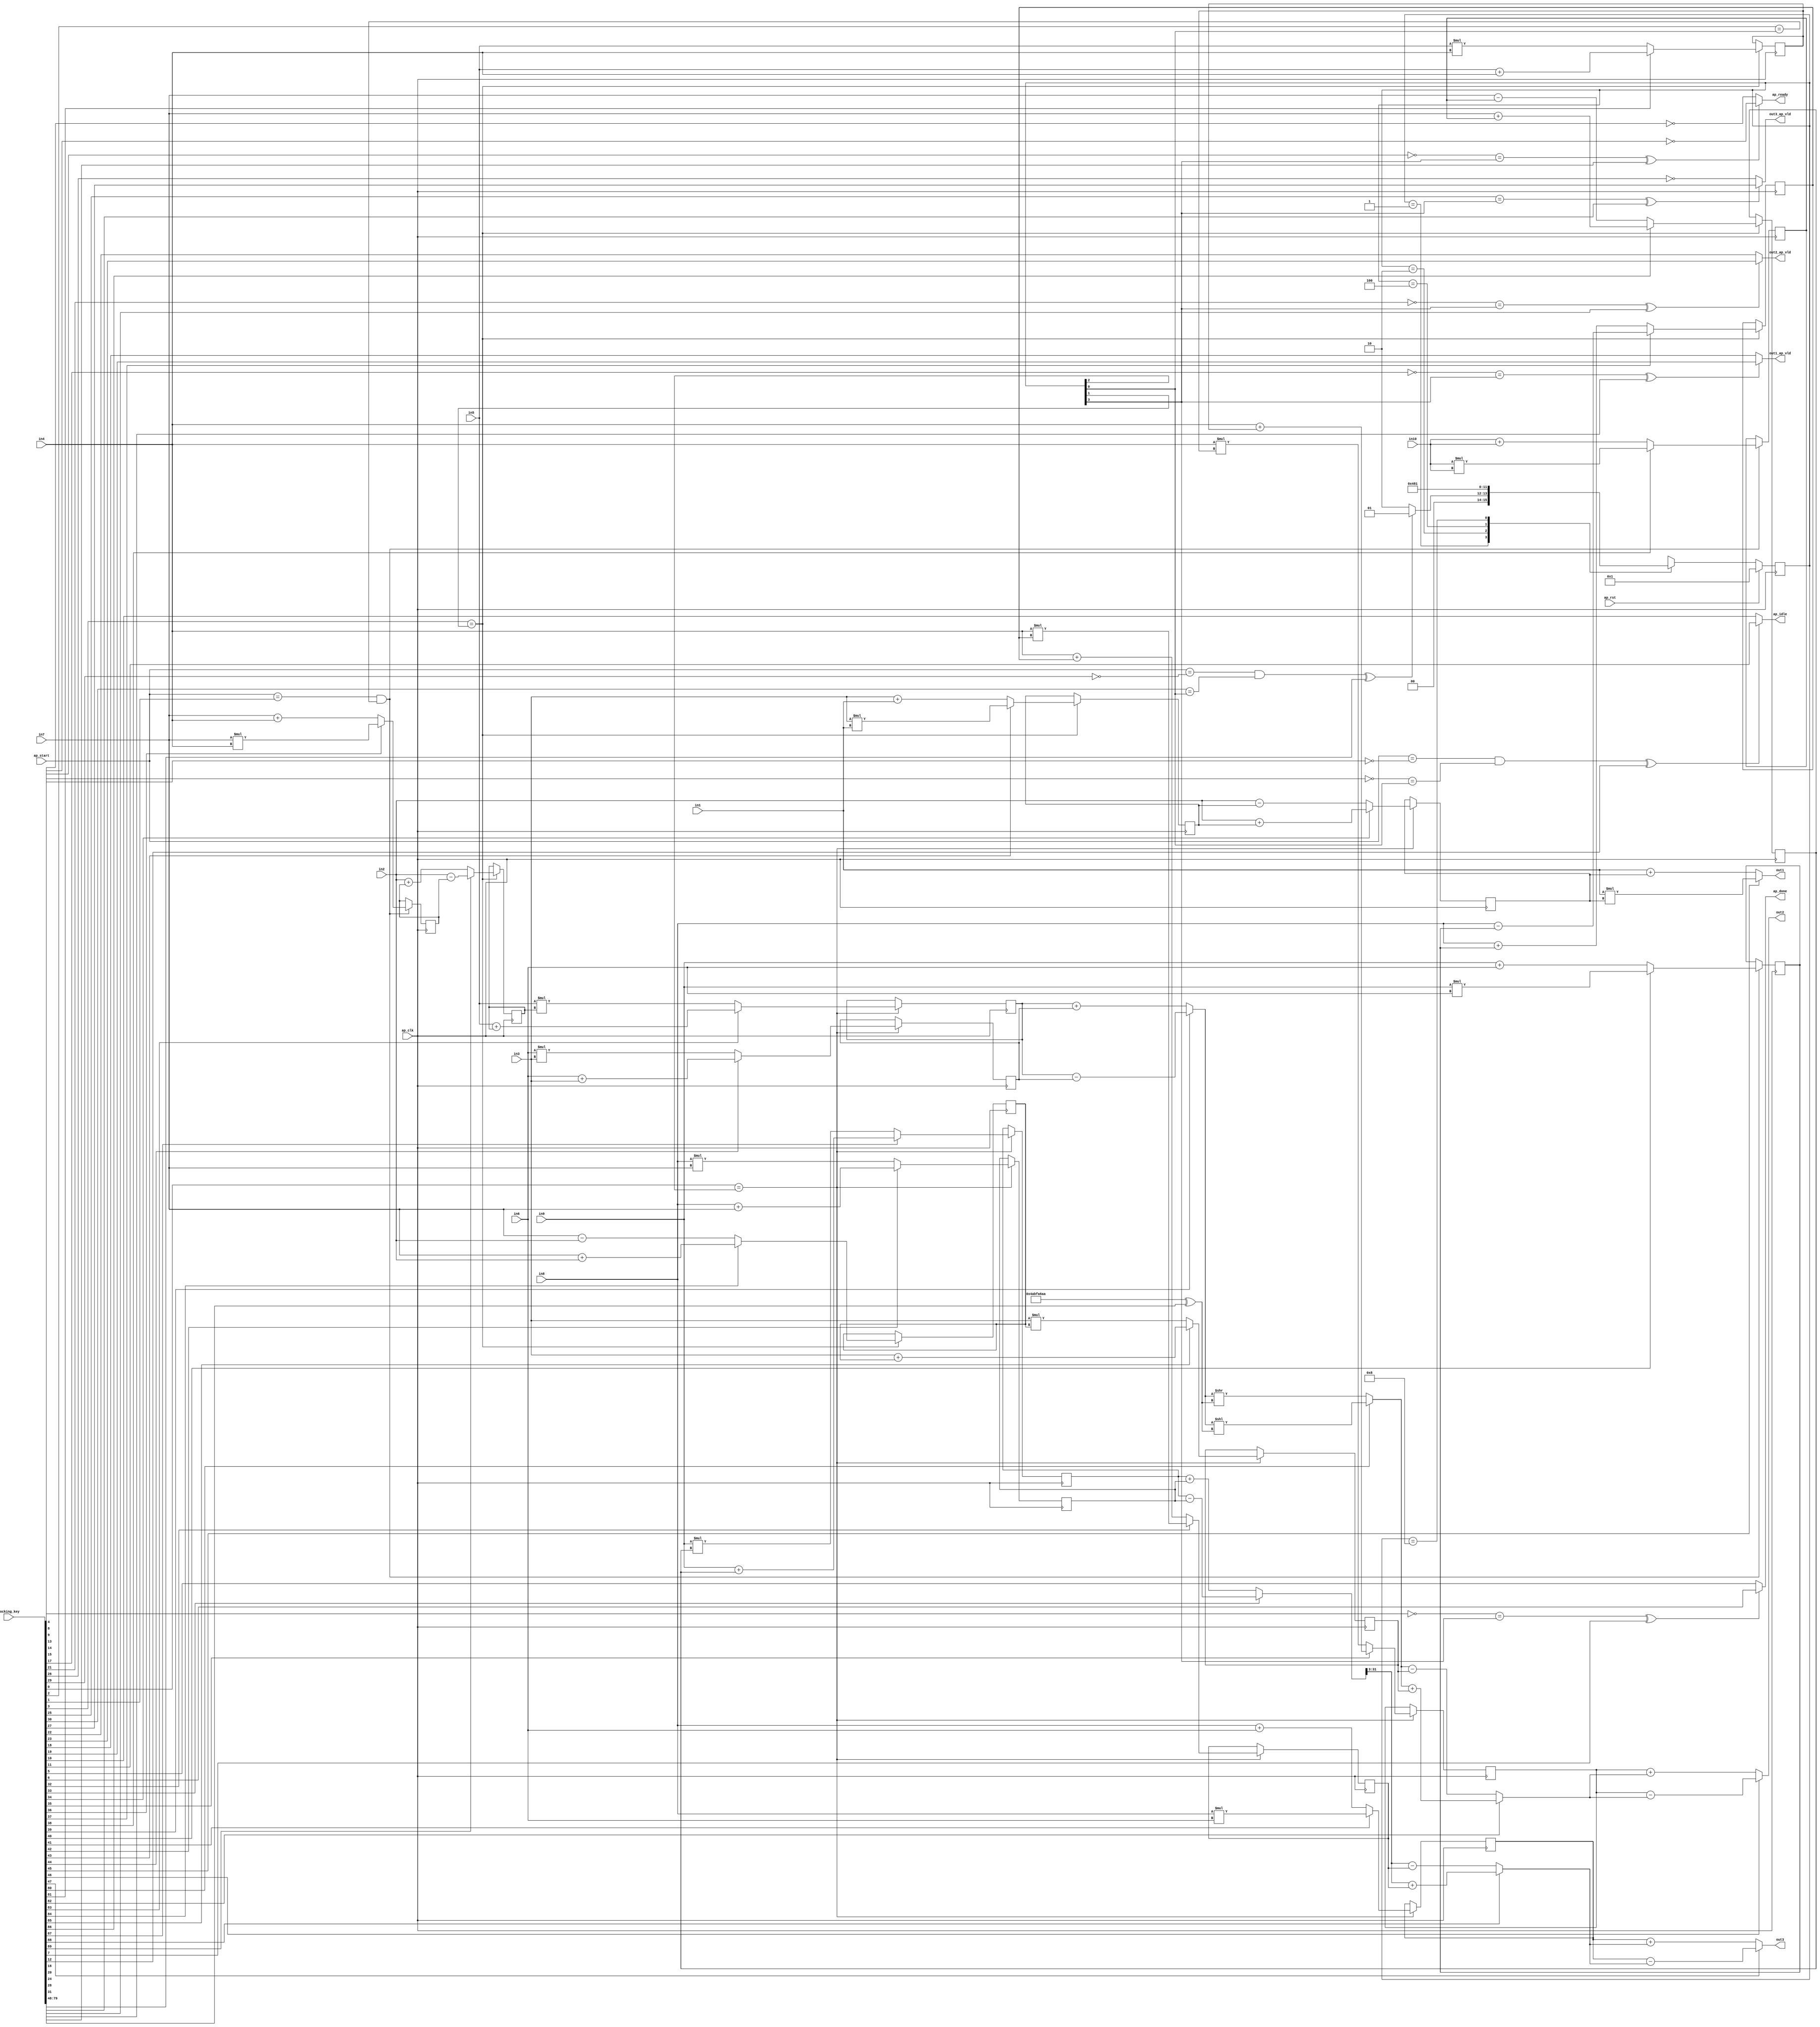

module hls_macc_motion_0_obf
(
  ap_clk,
  ap_rst,
  ap_start,
  ap_done,
  ap_idle,
  ap_ready,
  in1,
  in2,
  in3,
  in4,
  in5,
  in6,
  in7,
  in8,
  in9,
  in10,
  out1,
  out1_ap_vld,
  out2,
  out2_ap_vld,
  out3,
  out3_ap_vld,
  locking_key
);

  parameter ap_ST_fsm_state1 = 4'd1;
  parameter ap_ST_fsm_state2 = 4'd2;
  parameter ap_ST_fsm_state3 = 4'd4;
  parameter ap_ST_fsm_state4 = 4'd8;
  input ap_clk;
  input ap_rst;
  input ap_start;
  output ap_done;
  output ap_idle;
  output ap_ready;
  input [31:0] in1;
  input [31:0] in2;
  input [31:0] in3;
  input [31:0] in4;
  input [31:0] in5;
  input [31:0] in6;
  input [31:0] in7;
  input [31:0] in8;
  input [31:0] in9;
  input [31:0] in10;
  output [31:0] out1;
  output out1_ap_vld;
  output [31:0] out2;
  output out2_ap_vld;
  output [31:0] out3;
  output out3_ap_vld;
  reg ap_done;
  reg ap_idle;
  reg ap_ready;
  reg out1_ap_vld;
  reg out2_ap_vld;
  reg out3_ap_vld;
  reg [3:0] ap_CS_fsm;
  wire ap_CS_fsm_state1;
  wire [31:0] mult10_fu_123_p2;
  reg [31:0] mult10_reg_287;
  wire [31:0] add3_fu_129_p2;
  reg [31:0] add3_reg_292;
  wire [31:0] add5_fu_135_p2;
  reg [31:0] add5_reg_297;
  wire ap_CS_fsm_state2;
  wire [31:0] mult2_fu_141_p2;
  reg [31:0] mult2_reg_329;
  wire signed [31:0] tmp1_fu_147_p2;
  reg signed [31:0] tmp1_reg_334;
  wire signed [31:0] tmp_fu_152_p2;
  reg signed [31:0] tmp_reg_339;
  wire signed [31:0] tmp4_fu_157_p2;
  reg signed [31:0] tmp4_reg_344;
  wire signed [31:0] add4_s_fu_162_p2;
  reg signed [31:0] add4_s_reg_349;
  wire signed [31:0] tmp6_fu_167_p2;
  reg signed [31:0] tmp6_reg_354;
  wire [31:0] mult7_fu_171_p2;
  reg [31:0] mult7_reg_359;
  wire ap_CS_fsm_state3;
  wire [31:0] mult11_fu_175_p2;
  reg [31:0] mult11_reg_364;
  wire [31:0] mult13_fu_179_p2;
  reg [31:0] mult13_reg_369;
  wire [31:0] add2_fu_183_p2;
  reg [31:0] add2_reg_374;
  wire signed [31:0] add1_s_fu_187_p2;
  reg signed [31:0] add1_s_reg_379;
  wire [31:0] tmp3_fu_191_p2;
  reg [31:0] tmp3_reg_384;
  wire [31:0] tmp5_fu_195_p2;
  reg [31:0] tmp5_reg_389;
  wire [31:0] add13_fu_199_p2;
  reg [31:0] add13_reg_394;
  wire [31:0] tmp7_fu_203_p2;
  reg [31:0] tmp7_reg_399;
  wire ap_CS_fsm_state4;
  wire signed [31:0] mult10_fu_123_p0;
  wire signed [31:0] mult10_fu_123_p1;
  wire signed [31:0] add3_fu_129_p0;
  wire signed [31:0] add3_fu_129_p1;
  wire signed [31:0] add5_fu_135_p0;
  wire signed [31:0] add5_fu_135_p1;
  wire signed [31:0] mult2_fu_141_p0;
  wire signed [31:0] mult2_fu_141_p1;
  wire signed [31:0] tmp1_fu_147_p0;
  wire signed [31:0] tmp1_fu_147_p1;
  wire signed [31:0] tmp4_fu_157_p0;
  wire signed [31:0] add4_s_fu_162_p0;
  wire signed [31:0] tmp6_fu_167_p0;
  wire signed [31:0] mult7_fu_171_p0;
  wire signed [31:0] mult7_fu_171_p1;
  wire signed [31:0] mult11_fu_175_p0;
  wire signed [31:0] mult11_fu_175_p1;
  wire signed [31:0] mult13_fu_179_p0;
  wire signed [31:0] mult13_fu_179_p1;
  wire signed [31:0] add2_fu_183_p0;
  wire signed [31:0] tmp3_fu_191_p0;
  wire signed [31:0] tmp5_fu_195_p0;
  wire signed [31:0] add13_fu_199_p0;
  wire signed [31:0] tmp7_fu_203_p0;
  wire signed [31:0] add6_fu_207_p0;
  wire [31:0] add9_fu_212_p2;
  wire [31:0] shf1_fu_216_p2;
  wire [31:0] tmp2_fu_222_p2;
  wire [31:0] add14_fu_233_p2;
  wire [28:0] shf2_fu_237_p4;
  wire [31:0] shf2_1_fu_247_p1;
  wire [31:0] tmp8_fu_251_p2;
  reg [3:0] ap_NS_fsm;
  wire Const_0;
  wire Const_1;
  wire Const_2;
  wire Const_3;
  wire Const_4;
  wire Const_5;
  wire Const_6;
  wire Const_7;
  wire Const_8;
  wire Const_9;
  wire Const_10;
  wire Const_11;
  wire Const_12;
  wire Const_13;
  wire Const_14;
  wire Const_15;
  wire Const_16;
  wire Const_17;
  wire Const_18;
  wire Const_19;
  wire Const_20;
  wire Const_21;
  wire Const_22;
  wire Const_23;
  wire Const_24;
  wire [31:0] Const_25;
  input [3070:0] locking_key;
  wire [89:0] working_key;

  initial begin
    #0 ap_CS_fsm = 4'd1;
  end


  always @(posedge ap_clk) begin
    if(ap_rst == 1'b1) begin
      ap_CS_fsm <= ap_ST_fsm_state1;
    end else begin
      ap_CS_fsm <= ap_NS_fsm;
    end
  end

  assign Const_0 = (1'd0 ^ working_key[0]);

  always @(posedge ap_clk) begin
    if(Const_0 == ap_CS_fsm_state3) begin
      add13_reg_394 <= add13_fu_199_p2;
      add1_s_reg_379 <= add1_s_fu_187_p2;
      add2_reg_374 <= add2_fu_183_p2;
      mult11_reg_364 <= mult11_fu_175_p2;
      mult13_reg_369 <= mult13_fu_179_p2;
      mult7_reg_359 <= mult7_fu_171_p2;
      tmp3_reg_384 <= tmp3_fu_191_p2;
      tmp5_reg_389 <= tmp5_fu_195_p2;
      tmp7_reg_399 <= tmp7_fu_203_p2;
    end 
  end

  assign Const_1 = (1'd0 ^ working_key[1]);
  assign Const_2 = (1'd0 ^ working_key[2]);

  always @(posedge ap_clk) begin
    if((ap_start == Const_1) & (Const_2 == ap_CS_fsm_state1)) begin
      add3_reg_292 <= add3_fu_129_p2;
      add5_reg_297 <= add5_fu_135_p2;
      mult10_reg_287 <= mult10_fu_123_p2;
    end 
  end

  assign Const_3 = (1'd0 ^ working_key[3]);

  always @(posedge ap_clk) begin
    if(Const_3 == ap_CS_fsm_state2) begin
      add4_s_reg_349 <= add4_s_fu_162_p2;
      mult2_reg_329 <= mult2_fu_141_p2;
      tmp1_reg_334 <= tmp1_fu_147_p2;
      tmp4_reg_344 <= tmp4_fu_157_p2;
      tmp6_reg_354 <= tmp6_fu_167_p2;
      tmp_reg_339 <= tmp_fu_152_p2;
    end 
  end

  assign Const_4 = (1'd1 ^ working_key[4]);
  assign Const_5 = (1'd0 ^ working_key[5]);
  assign Const_6 = (1'd0 ^ working_key[6]);

  always @(*) begin
    if(((Const_4 == ap_CS_fsm_state4) ^ working_key[7]) == 1'b1) begin
      ap_done = Const_6;
    end else begin
      ap_done = Const_5;
    end
  end

  assign Const_7 = (1'd1 ^ working_key[8]);
  assign Const_8 = (1'd1 ^ working_key[9]);
  assign Const_9 = (1'd0 ^ working_key[10]);
  assign Const_10 = (1'd0 ^ working_key[11]);

  always @(*) begin
    if(((ap_start == Const_7) & (Const_8 == ap_CS_fsm_state1) ^ working_key[12]) == 1'b1) begin
      ap_idle = Const_10;
    end else begin
      ap_idle = Const_9;
    end
  end

  assign Const_11 = (1'd1 ^ working_key[13]);
  assign Const_12 = (1'd1 ^ working_key[14]);
  assign Const_13 = (1'd1 ^ working_key[15]);

  always @(*) begin
    if(((Const_11 == ap_CS_fsm_state4) ^ working_key[16]) == 1'b1) begin
      ap_ready = Const_12;
    end else begin
      ap_ready = Const_13;
    end
  end

  assign Const_14 = (1'd1 ^ working_key[17]);
  assign Const_15 = (1'd0 ^ working_key[18]);
  assign Const_16 = (1'd0 ^ working_key[19]);

  always @(*) begin
    if(((Const_14 == ap_CS_fsm_state4) ^ working_key[20]) == 1'b1) begin
      out1_ap_vld = Const_16;
    end else begin
      out1_ap_vld = Const_15;
    end
  end

  assign Const_17 = (1'd1 ^ working_key[21]);
  assign Const_18 = (1'd0 ^ working_key[22]);
  assign Const_19 = (1'd0 ^ working_key[23]);

  always @(*) begin
    if(((Const_17 == ap_CS_fsm_state4) ^ working_key[24]) == 1'b1) begin
      out2_ap_vld = Const_19;
    end else begin
      out2_ap_vld = Const_18;
    end
  end

  assign Const_20 = (1'd0 ^ working_key[25]);
  assign Const_21 = (1'd1 ^ working_key[26]);
  assign Const_22 = (1'd0 ^ working_key[27]);

  always @(*) begin
    if(((Const_20 == ap_CS_fsm_state4) ^ working_key[28]) == 1'b1) begin
      out3_ap_vld = Const_22;
    end else begin
      out3_ap_vld = Const_21;
    end
  end

  assign Const_23 = (1'd1 ^ working_key[29]);
  assign Const_24 = (1'd0 ^ working_key[30]);

  always @(*) begin
    case(ap_CS_fsm)
      ap_ST_fsm_state1: begin
        if(((ap_start == Const_23) & (Const_24 == ap_CS_fsm_state1) ^ working_key[31]) == 1'b1) begin
          ap_NS_fsm = ap_ST_fsm_state1;
        end else begin
          ap_NS_fsm = ap_ST_fsm_state2;
        end
      end
      ap_ST_fsm_state2: begin
        ap_NS_fsm = ap_ST_fsm_state3;
      end
      ap_ST_fsm_state3: begin
        ap_NS_fsm = ap_ST_fsm_state4;
      end
      ap_ST_fsm_state4: begin
        ap_NS_fsm = ap_ST_fsm_state1;
      end
      default: begin
        ap_NS_fsm = 'bx;
      end
    endcase
  end

  assign add13_fu_199_p0 = in4;
  assign add13_fu_199_p2 = (working_key[32] == 1'b1)? add13_fu_199_p0 * add4_s_reg_349 : add13_fu_199_p0 + add4_s_reg_349;
  assign add14_fu_233_p2 = (working_key[33] == 1'b1)? tmp7_reg_399 - mult13_reg_369 : tmp7_reg_399 + mult13_reg_369;
  assign add1_s_fu_187_p2 = (working_key[34] == 1'b1)? in2 + mult2_reg_329 : in2 - mult2_reg_329;
  assign add2_fu_183_p0 = in4;
  assign add2_fu_183_p2 = (working_key[35] == 1'b1)? add2_fu_183_p0 + tmp1_reg_334 : add2_fu_183_p0 * tmp1_reg_334;
  assign add3_fu_129_p0 = in7;
  assign add3_fu_129_p1 = in4;
  assign add3_fu_129_p2 = (working_key[36] == 1'b1)? add3_fu_129_p0 * add3_fu_129_p1 : add3_fu_129_p0 + add3_fu_129_p1;
  assign add4_s_fu_162_p0 = in8;
  assign add4_s_fu_162_p2 = (working_key[37] == 1'b1)? add4_s_fu_162_p0 - mult10_reg_287 : add4_s_fu_162_p0 + mult10_reg_287;
  assign add5_fu_135_p0 = in10;
  assign add5_fu_135_p1 = in10;
  assign add5_fu_135_p2 = (working_key[38] == 1'b1)? add5_fu_135_p0 * add5_fu_135_p1 : add5_fu_135_p0 + add5_fu_135_p1;
  assign add6_fu_207_p0 = in1;
  assign add9_fu_212_p2 = (working_key[39] == 1'b1)? tmp3_reg_384 - mult7_reg_359 : tmp3_reg_384 + mult7_reg_359;
  assign ap_CS_fsm_state1 = ap_CS_fsm[32'd0];
  assign ap_CS_fsm_state2 = ap_CS_fsm[32'd1];
  assign ap_CS_fsm_state3 = ap_CS_fsm[32'd2];
  assign ap_CS_fsm_state4 = ap_CS_fsm[32'd3];
  assign mult10_fu_123_p0 = in9;
  assign mult10_fu_123_p1 = in6;
  assign mult10_fu_123_p2 = (working_key[40] == 1'b1)? mult10_fu_123_p0 * mult10_fu_123_p1 : mult10_fu_123_p0 + mult10_fu_123_p1;
  assign mult11_fu_175_p0 = in8;
  assign mult11_fu_175_p1 = in6;
  assign mult11_fu_175_p2 = (working_key[41] == 1'b1)? mult11_fu_175_p0 * mult11_fu_175_p1 : mult11_fu_175_p0 + mult11_fu_175_p1;
  assign mult13_fu_179_p0 = in8;
  assign mult13_fu_179_p1 = in7;
  assign mult13_fu_179_p2 = (working_key[42] == 1'b1)? mult13_fu_179_p0 + mult13_fu_179_p1 : mult13_fu_179_p0 * mult13_fu_179_p1;
  assign mult2_fu_141_p0 = in3;
  assign mult2_fu_141_p1 = in1;
  assign mult2_fu_141_p2 = (working_key[43] == 1'b1)? mult2_fu_141_p0 * mult2_fu_141_p1 : mult2_fu_141_p0 + mult2_fu_141_p1;
  assign mult7_fu_171_p0 = in6;
  assign mult7_fu_171_p1 = in3;
  assign mult7_fu_171_p2 = (working_key[44] == 1'b1)? mult7_fu_171_p0 + mult7_fu_171_p1 : mult7_fu_171_p0 * mult7_fu_171_p1;
  assign out1 = (working_key[45] == 1'b1)? add6_fu_207_p0 * add1_s_reg_379 : add6_fu_207_p0 + add1_s_reg_379;
  assign out2 = (working_key[46] == 1'b1)? add2_reg_374 - tmp2_fu_222_p2 : add2_reg_374 + tmp2_fu_222_p2;
  assign out3 = (working_key[47] == 1'b1)? mult11_reg_364 - tmp8_fu_251_p2 : mult11_reg_364 + tmp8_fu_251_p2;
  assign Const_25 = (32'd1254074026 ^ working_key[79:48]);
  assign shf1_fu_216_p2 = (working_key[80] == 1'b1)? add9_fu_212_p2 << Const_25 : add9_fu_212_p2 >> Const_25;
  assign shf2_1_fu_247_p1 = shf2_fu_237_p4;
  assign shf2_fu_237_p4 = { { add14_fu_233_p2[31:3] } };
  assign tmp1_fu_147_p0 = in5;
  assign tmp1_fu_147_p1 = in4;
  assign tmp1_fu_147_p2 = (working_key[81] == 1'b1)? tmp1_fu_147_p0 + tmp1_fu_147_p1 : tmp1_fu_147_p0 * tmp1_fu_147_p1;
  assign tmp2_fu_222_p2 = (working_key[82] == 1'b1)? shf1_fu_216_p2 + tmp5_reg_389 : shf1_fu_216_p2 - tmp5_reg_389;
  assign tmp3_fu_191_p0 = in5;
  assign tmp3_fu_191_p2 = (working_key[83] == 1'b1)? tmp3_fu_191_p0 + tmp_reg_339 : tmp3_fu_191_p0 * tmp_reg_339;
  assign tmp4_fu_157_p0 = in7;
  assign tmp4_fu_157_p2 = (working_key[84] == 1'b1)? tmp4_fu_157_p0 + in2 : tmp4_fu_157_p0 - in2;
  assign tmp5_fu_195_p0 = in3;
  assign tmp5_fu_195_p2 = (working_key[85] == 1'b1)? tmp5_fu_195_p0 + tmp4_reg_344 : tmp5_fu_195_p0 * tmp4_reg_344;
  assign tmp6_fu_167_p0 = in7;
  assign tmp6_fu_167_p2 = (working_key[86] == 1'b1)? tmp6_fu_167_p0 + add5_reg_297 : tmp6_fu_167_p0 - add5_reg_297;
  assign tmp7_fu_203_p0 = in9;
  assign tmp7_fu_203_p2 = (working_key[87] == 1'b1)? tmp7_fu_203_p0 + tmp6_reg_354 : tmp7_fu_203_p0 * tmp6_reg_354;
  assign tmp8_fu_251_p2 = (working_key[88] == 1'b1)? shf2_1_fu_247_p1 + add13_reg_394 : shf2_1_fu_247_p1 - add13_reg_394;
  assign tmp_fu_152_p2 = (working_key[89] == 1'b1)? in2 - add3_reg_292 : in2 + add3_reg_292;
  assign working_key = { locking_key[89:0] };

endmodule